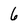
Character: 6